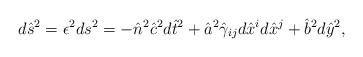
LaTeX: \begin{align*}d\hat{s}^2=\epsilon^2ds^2=-\hat{n}^2\hat{c}^2d\hat{t}^2+\hat{a}^2\hat{\gamma}_{ij}d\hat{x}^id\hat{x}^j+\hat{b}^2d\hat{y}^2,\end{align*}